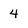
Character: 4